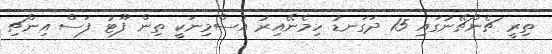
ތިރީ ޗެންޗޭނުގައި 15 ދަގަނޑު ހިމެނޭއިރު އުސްމިނަކީ ތިން ފޫޓު ފަސް އިންޗި